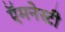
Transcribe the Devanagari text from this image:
ऍमनेस्टी